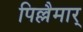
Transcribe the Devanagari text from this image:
पिल्लैमार्